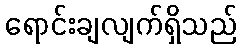
ရောင်းချလျက်ရှိသည်